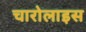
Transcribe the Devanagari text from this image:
चारोलाइस